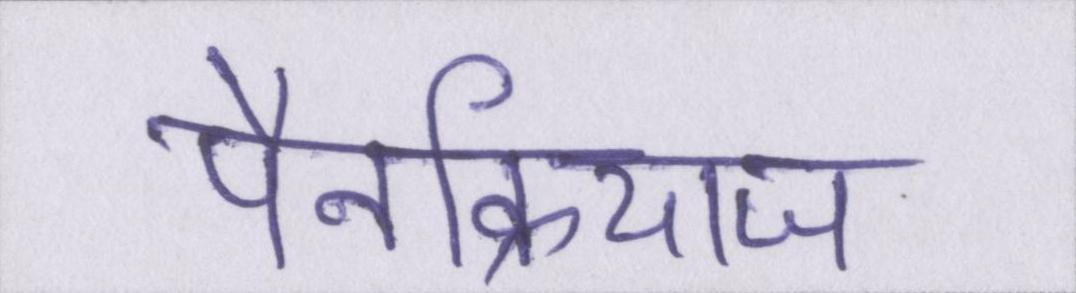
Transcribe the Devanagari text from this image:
पैनक्रियाज